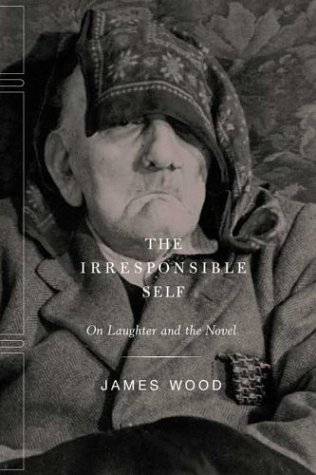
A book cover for The Irresponsible Self: On Laughter and the Novel; James Wood; Humor & Entertainment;